Report on the working of the mental hospitals for Indians in Bihar and Orissa - 1925-1929
Year: 1925
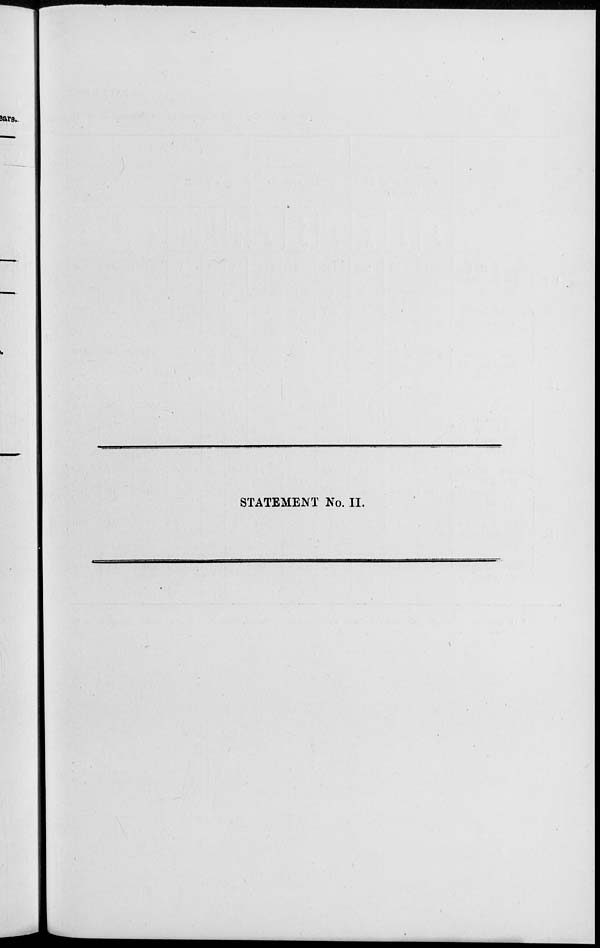
STATEMENT No. II.